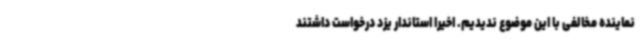
نماینده مخالفی با این موضوع ندیدیم. اخیرا استاندار یزد درخواست داشتند